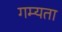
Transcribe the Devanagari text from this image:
गम्यता